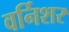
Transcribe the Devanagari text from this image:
वर्निशर